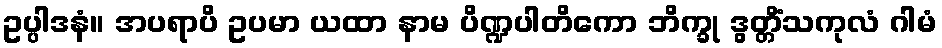
ဥပ္ပါဒနံ။ အပရာပိ ဥပမာ ယထာ နာမ ပိဏ္ဍပါတိကော ဘိက္ခု ဒွတ္တိံသကုလံ ဂါမံ